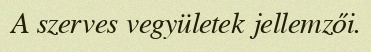
A szerves vegyületek jellemzői.